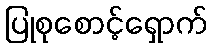
ပြုစုစောင့်ရှောက်